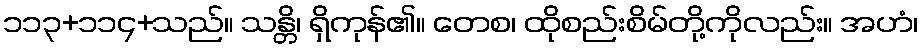
၁၁၃+၁၁၄+သည်။ သန္တိ၊ ရှိကုန်၏။ တေစ၊ ထိုစည်းစိမ်တို့ကိုလည်း။ အဟံ၊